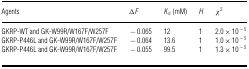
<table><thead><tr><td><b>Agents</b></td><td><b>Δ<i>F</i></b></td><td><b><i>K</i><sub>d</sub> (mM)</b></td><td><b><i>H</i></b></td><td><b>χ<sup>2</sup></b></td></tr></thead><tbody><tr><td>GKRP-WT and GK-W99R/W167F/W257F</td><td>−0.065</td><td>12</td><td>1</td><td>2.0×10<sup>−5</sup></td></tr><tr><td>GKRP-P446L and GK-W99R/W167F/W257F</td><td>−0.064</td><td>13.6</td><td>1</td><td>1.0×10<sup>−5</sup></td></tr><tr><td>GKRP-P446L and GK-W99R/W167F/W257F</td><td>−0.055</td><td>99.5</td><td>1</td><td>1.3×10<sup>−5</sup></td></tr></tbody></table>